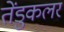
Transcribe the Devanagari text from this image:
तेंडुकलर